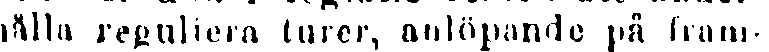
hålla reguliera turer, anlöpande på fram-